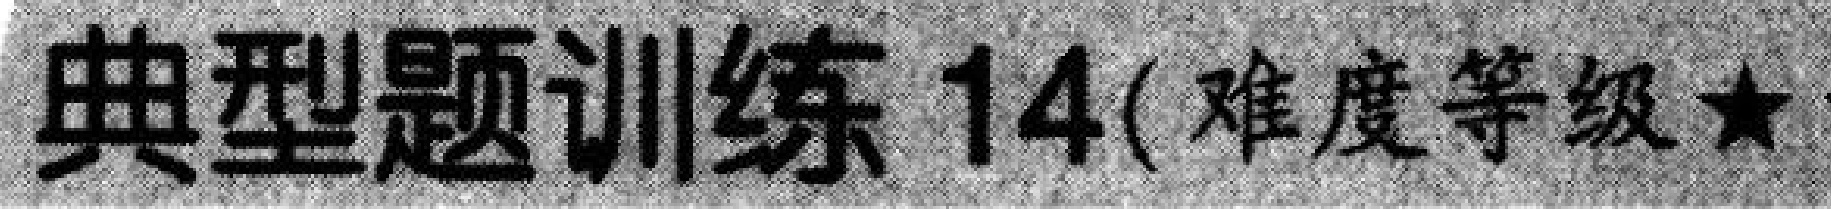
典型题训练14(难度等级★)